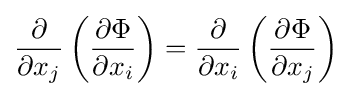
{\frac {\partial }{\partial x_{j}}}\left({\frac {\partial \Phi }{\partial x_{i}}}\right)={\frac {\partial }{\partial x_{i}}}\left({\frac {\partial \Phi }{\partial x_{j}}}\right)